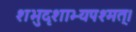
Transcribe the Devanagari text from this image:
शभुदृशाभ्यपश्मत्।